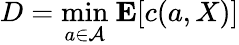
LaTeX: D={\underset{a\in{\mathcal{A}}}{\operatorname*{min}}}\ \mathbf{E}[c(a,X)]